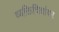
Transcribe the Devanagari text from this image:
व्यक्तिचित्रांवर